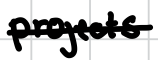
Text: projects
Cross-out: single-line
Writing tool: digital_black